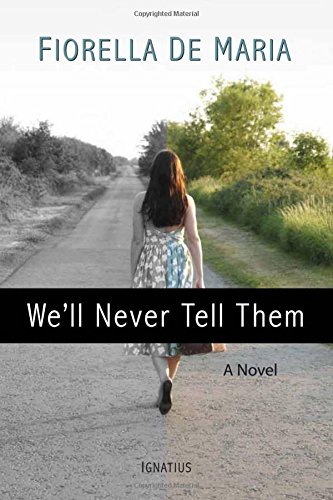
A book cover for We'll Never Tell Them; Fiorella De Maria; Literature & Fiction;